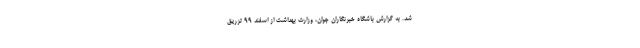
شد. به گزارش باشگاه خبرنگاران جوان، وزارت بهداشت از اسفند ۹۹ تزریق